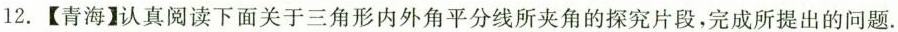
12.【青海】认真阅读下面关于三角形内外角平分线所夹角的探究片段，完成所提出的问题。